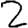
Digit: 2